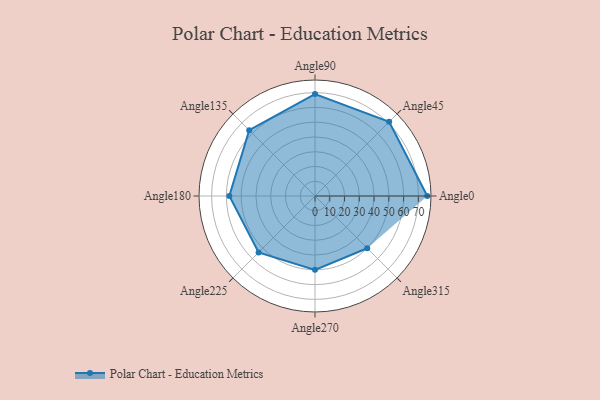
{"axis": {"x": "Angle", "y": "Radius"}, "legend": [""], "data": [{"x": "Angle0", "y": 76.0, "type": ""}, {"x": "Angle45", "y": 71.0, "type": ""}, {"x": "Angle90", "y": 69.0, "type": ""}, {"x": "Angle135", "y": 63.0, "type": ""}, {"x": "Angle180", "y": 58.0, "type": ""}, {"x": "Angle225", "y": 54.0, "type": ""}, {"x": "Angle270", "y": 50, "type": ""}, {"x": "Angle315", "y": 50, "type": ""}]}